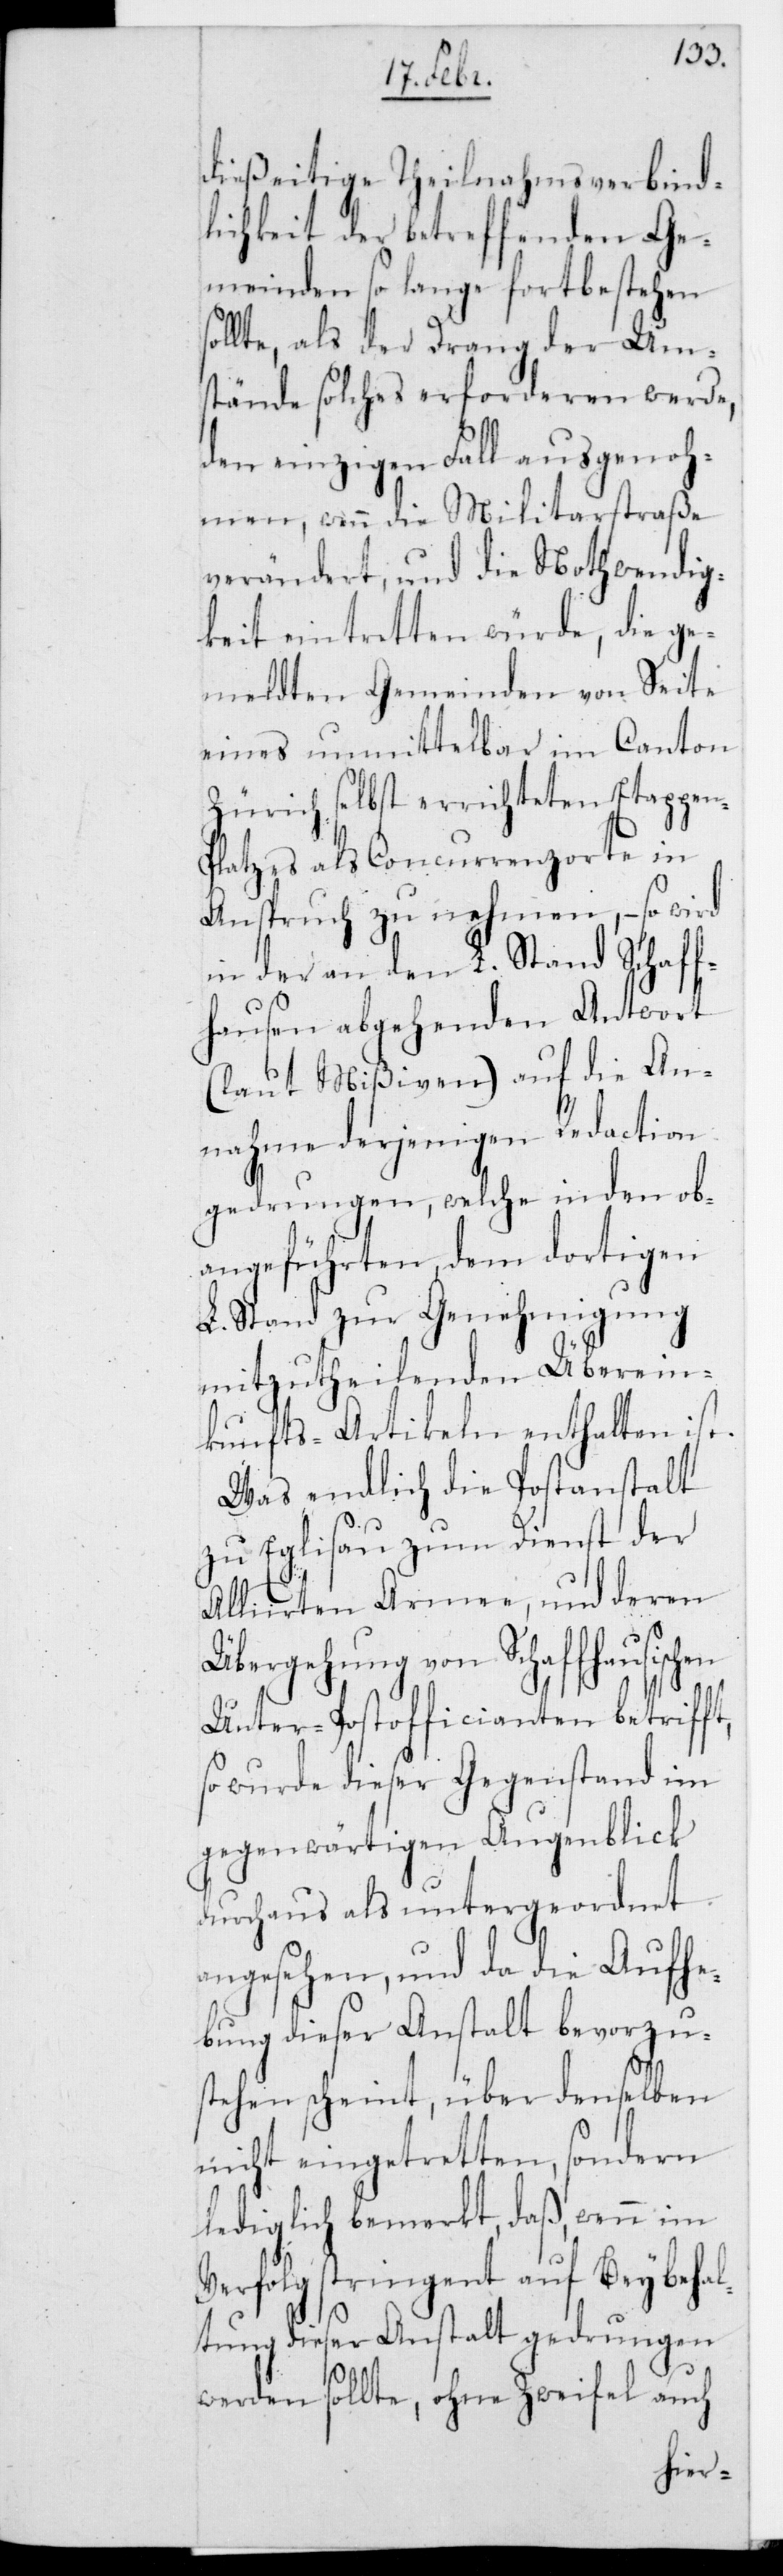
dießeitige Theilnahms-Verbind¬
lichkeit der betreffenden Ge¬
meinden so lange fort¬
ehen
lte, als der Drang der
n-P¬
stände solches erforderen
werde,
den einzigen Fall ausgenoh¬
men, wenn die Militarstraße
veränderet, und die Nothwendig¬
keit eintretten würde, die ge¬
meldten Gemeinden von Seite
eines unmittelbar im Canton
Zürich selbst errichteten Etappe¬
latzes als Concurrenzorte in
Anspruch zu nehmen, – so wird
in der an den L. Stand Schaf¬
fhausen abgehenden Antwort
(laut Mißiven) auf die An¬
nahme derjenigen Redaction
gedrungen, welche in den ob¬
angeführten dem dortigen
L. Stand zur Genehmigung
mitzutheilenden Überein¬
kunfts-Artikeln enthalten ist.
Was endlich die Postanstalt
zu Eglisau zum Dienst der
Alliierten Armee und deren
Übergehung von Schaffhausischen
Unter-Postofficianten betrifft,
so wurde dieser Gegenstand im
gegenwärtigen Augenblick
durchaus als untergeordnet
angesehen, und da die Aufhe¬
bung dieser Anstalt bevorzus¬
tehen scheint, über denselben
nicht eingetretten, sondern
lediglich bemerkt, daß wenn im
Verfolg stringent auf Beybehal¬
tung dieser Anstalt gedrungen
werden sollte, ohne Zweifel auch
best¬